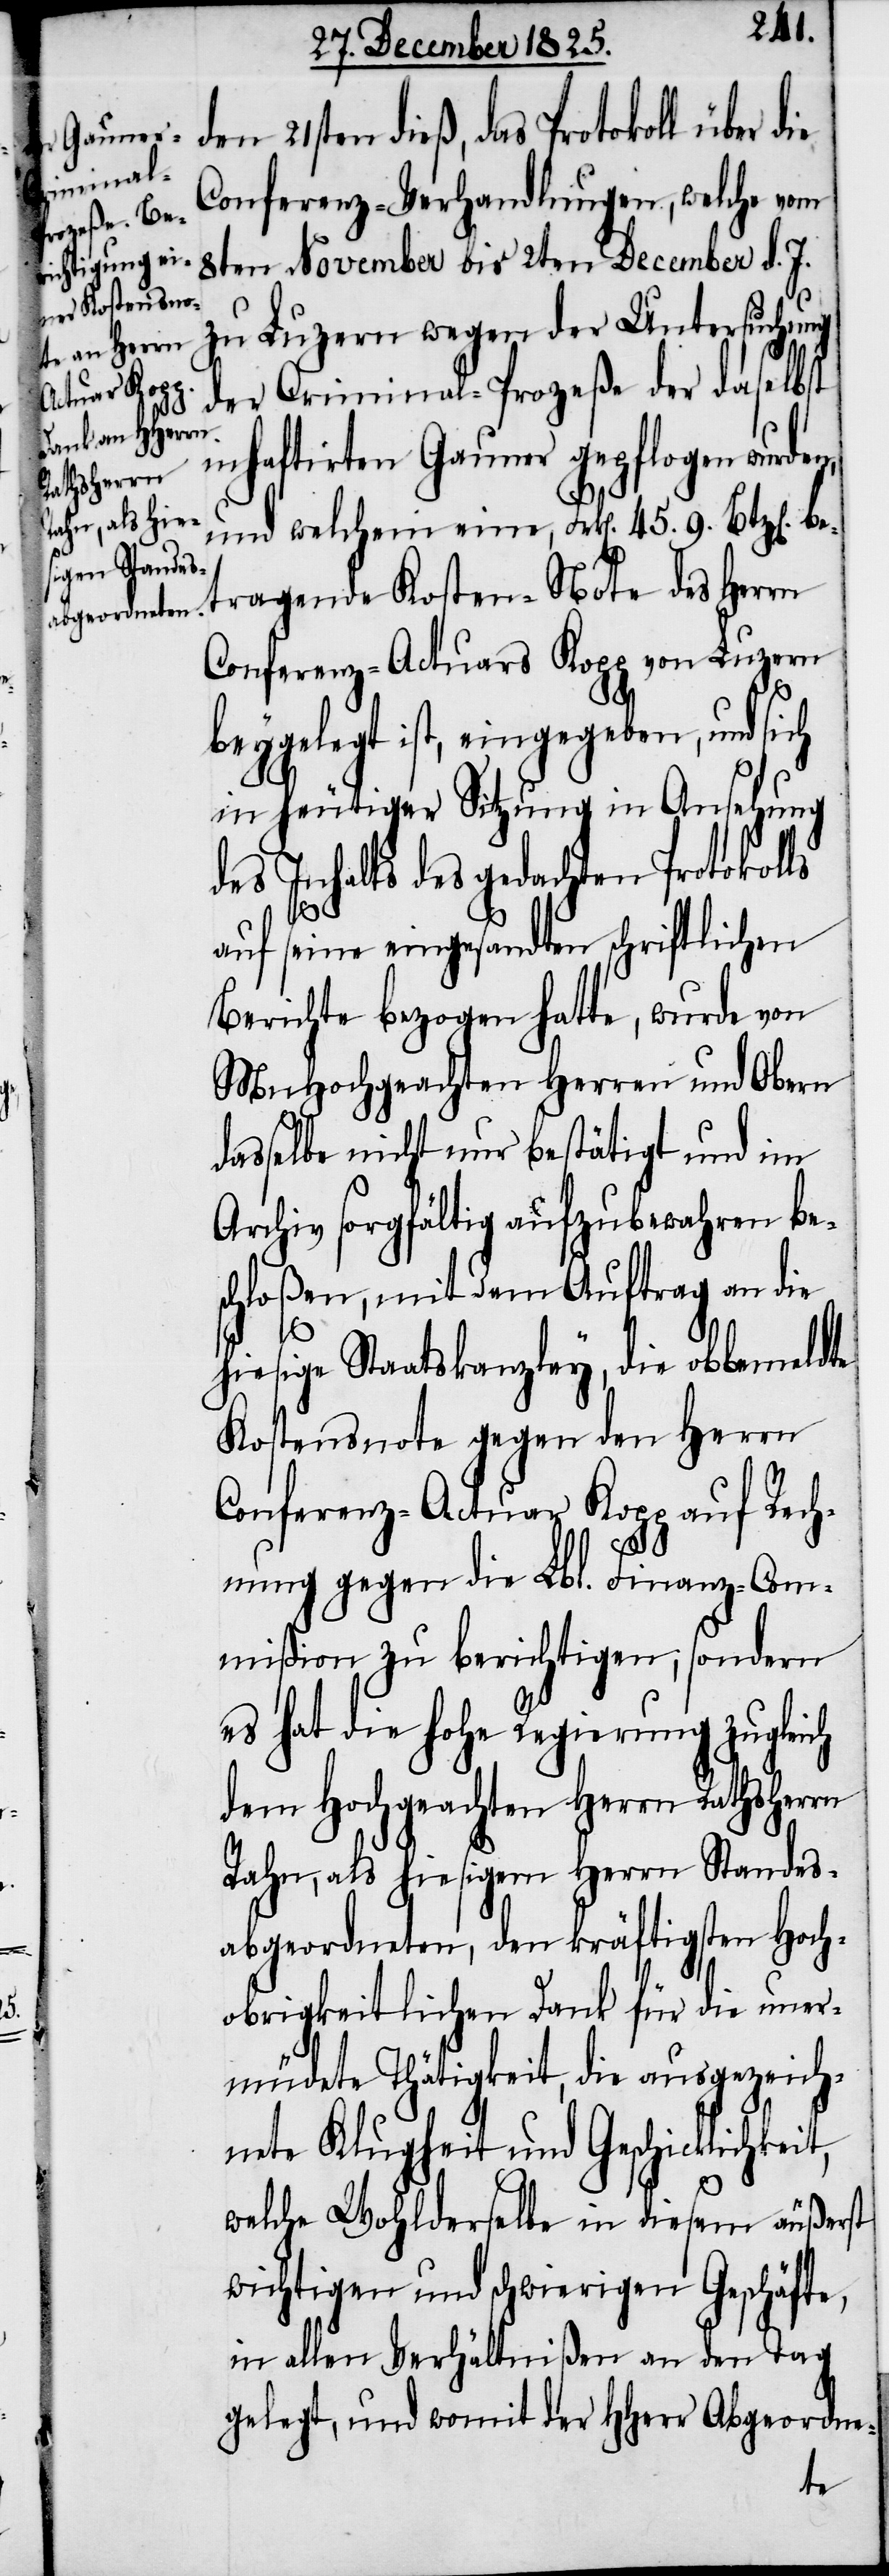
den 21sten dieß, das Protokoll über
Conferenz-Verhandlungen, welche vom
8ten November bis 2ten December d. J.
zu Luzern wegen der Untersuchung
der Criminal-Prozeße der daselbst
inhaftirten Gauner gepflogen wurden,
und welchen eine, Frk[en]. 45. 9. Btz[en].
betragende Kosten-Note des Herrn
Conferenz-Actuars Kopp von Luzern
beygelegt ist, eingegeben, und sich
in heutiger Sitzung in Ansehung
des Inhalts des gedachten Protokolls
auf seine eingesandten schriftlichen
Berichte bezogen hatte, wurde von
MnHochgeachten Herren und Obern
dasselbe nicht nur bestätigt und im
Archiv sorgfältig aufzubewahren be¬
schloßen, und dem Auftrag an die
hiesige Staatskanzley, die obbemeldte
Kostensnote gegen den Herrn
Conferenz-Actuar Kopp auf Rech¬
nung gegen die Lbl. Finanz-Com¬
mißion zu berichtigen; sondern
es hat die hohe Regierung zugleich
dem Hochgeachten Herrn Rathsherrn
Rahn als hiesigen Herrn Standes¬
abgeordneten, den kräftigsten Hoch¬
obrigkeitlichen Dank für die uner¬
müdete Thätigkeit, die ausgezeich¬
nete Klugheit und Geschicklichkeit,
welche Wohlderselbe in diesem äußerst
wichtigen und schwierigen Geschäfte,
in allen Verhältnißen an den Tag
gelegt, und womit der HHerr Abgeordne-